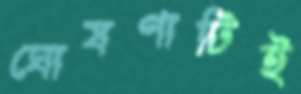
ঘোষণাটিই